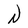
Character: N